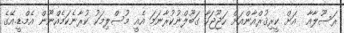
ރަސޫލާއާ  އަށް ކީރިޤުރްއާންއަށް ހަޖޫޖަހާ ގަބޫލްނުކުރާނަމަ އެއީ މުސްލިމަކު ކުރާނެކަމެއްނޫން އެމް.ޑީ.އޭގެ